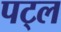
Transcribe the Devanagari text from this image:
पट्ल